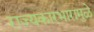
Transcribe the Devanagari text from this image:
राज्यकारभारामुळे